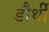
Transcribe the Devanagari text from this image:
डौर्थी